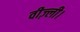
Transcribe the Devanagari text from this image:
वीज़्ली।